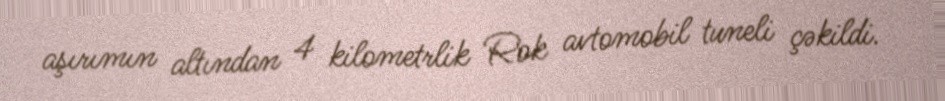
aşırımın altından 4 kilometrlik Rok avtomobil tuneli çəkildi.